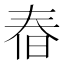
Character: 㫪